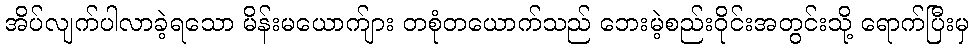
အိပ်လျက်ပါလာခဲ့ရသော မိန်းမယောက်ျား တစုံတယောက်သည် ဘေးမဲ့စည်းဝိုင်းအတွင်းသို့ ရောက်ပြီးမှ